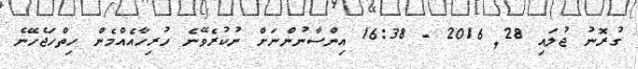
ގުރޮނު ޖުލައި 28